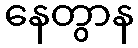
နေတွာန